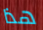
هذا